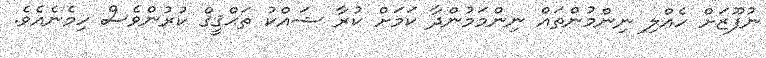
ނުފޫޒަށް ހެއްލި ނިންމުންތައް ނިންމަމުންދާ ކަމަށް ކުރާ ޝައްކު ތަޙްޤީޤް ކުރުންވެސް ހިމެނެއެވެ.